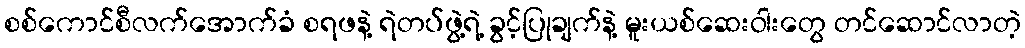
စစ်ကောင်စီလက်အောက်ခံ စရဖနဲ့ ရဲတပ်ဖွဲ့ရဲ့ ခွင့်ပြုချက်နဲ့ မူးယစ်ဆေးဝါးတွေ တင်ဆောင်လာတဲ့